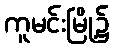
ကူမင်းမြို့၌